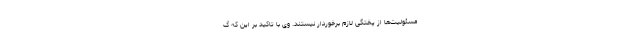
مسئولیت‌ها از پختگی لازم برخوردار نیستند. وی با تاکید بر این که گ